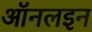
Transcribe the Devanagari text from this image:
ऑनलइन